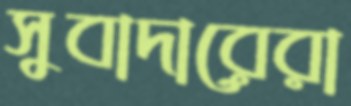
সুবাদারেরা